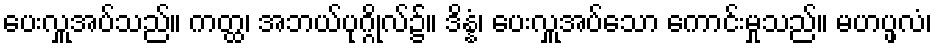
ပေးလှူအပ်သည်။ ကတ္ထ၊ အဘယ်ပုဂ္ဂိုလ်၌။ ဒိန္နံ၊ ပေးလှူအပ်သော ကောင်းမှုသည်။ မဟပ္ဖလံ၊